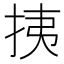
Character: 挗